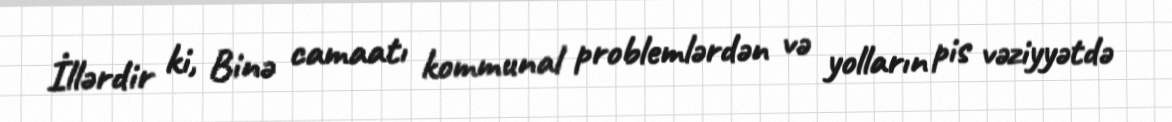
İllərdir ki, Binə camaatı kommunal problemlərdən və yolların pis vəziyyətdə